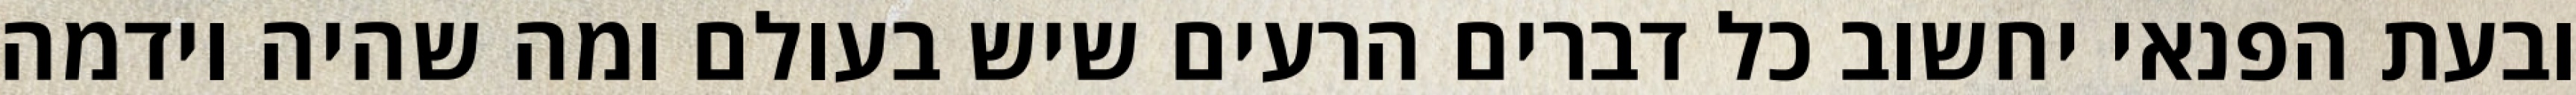
ובעת הפנאי יחשוב כל דברים הרעים שיש בעולם ומה שהיה וידמה